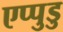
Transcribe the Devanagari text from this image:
एप्पुडु